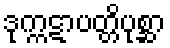
ဒုက္ကဋာပတ္တိပုစ္ဆာ